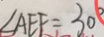
\angle A E F = 3 0 ^ { \circ }